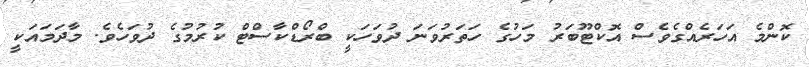
ކޮންމެ އަހަރެއްގެވެސް އޮކްޓޫބަރު މަހުގެ ހަތަރުވަނަ ދުވަހަކީ ބްރޯޑްކާސްޓް ކުރުމުގެ ދުވަހެވެ. މާދަމައަކީ